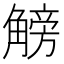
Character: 𧤞